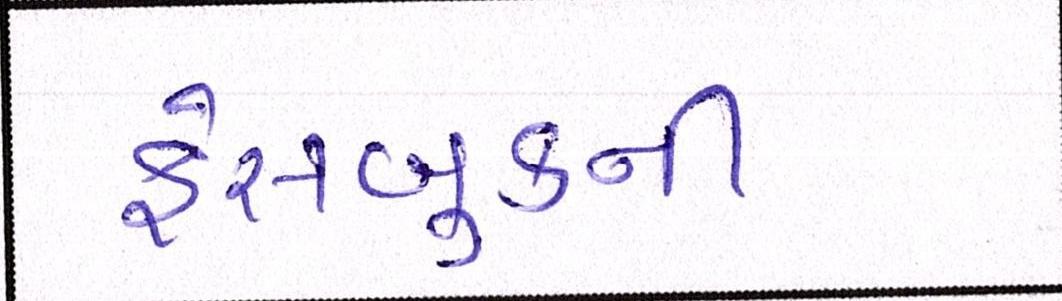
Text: ફેસબુકની